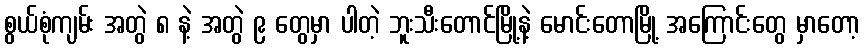
စွယ်စုံကျမ်း အတွဲ ၈ နဲ့ အတွဲ ၉ တွေမှာ ပါတဲ့ ဘူးသီးတောင်မြို့နဲ့ မောင်းတောမြို့ အကြောင်းတွေ မှာတော့